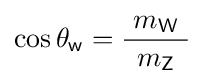
\cos \theta _{\textsf {w}}={\frac {\ m_{\textsf {W}}\ }{m_{\textsf {Z}}}}~